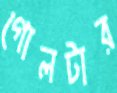
গোলটার